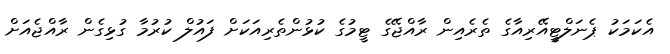
އެކަމަކު ޕެނަލްޓީއޭރިއާގެ ތެރެއިން ރާއްޖޭގެ ޓީމުގެ ކުޅުންތެރިއަކަށް ފައުލް ކުރުމާ ގުޅިގެން ރާއްޖެއަށް